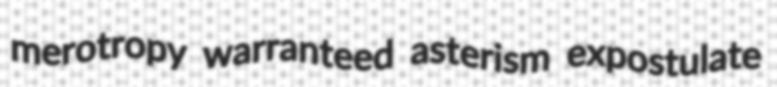
merotropy warranteed asterism expostulate